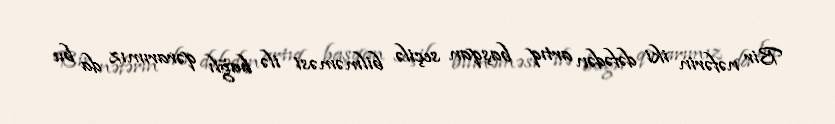
Bir nəfərin iki dəfədən artıq başqan seçilə bilməməsi ilə bağlı qərarımız da bu